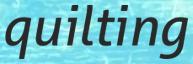
quilting